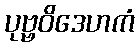
ပုဗ္ဗဝိဒေဟကံ